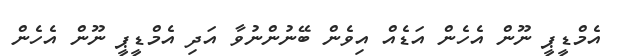
އެމްޑީޕީ ނޫން އެހެން އަޑެއް އިވެން ބޭނުންނުވާ އަދި އެމްޑީޕީ ނޫން އެހެން